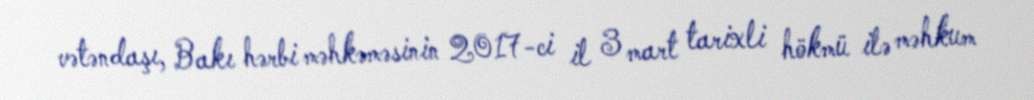
vətəndaşı, Bakı hərbi məhkəməsinin 2017-ci il 3 mart tarixli hökmü ilə məhkum